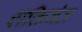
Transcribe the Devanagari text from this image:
शक्तिवंत